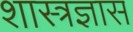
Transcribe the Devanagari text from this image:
शास्त्रज्ञास